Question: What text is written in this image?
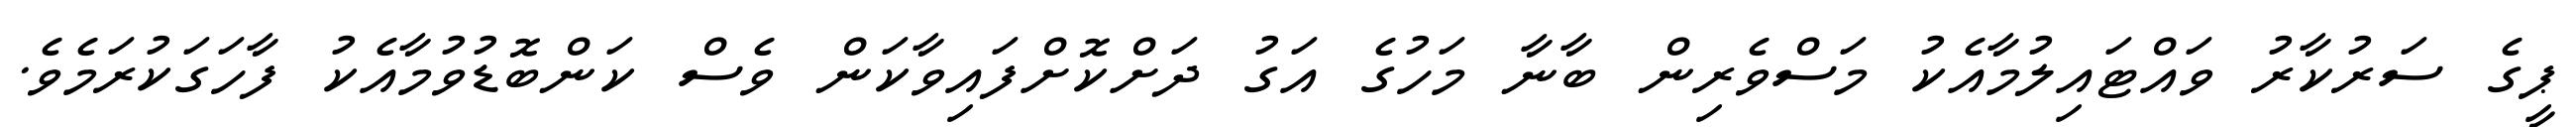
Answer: ޕީގެ ސަރުކާރު ވައްޓައިލުމާއެކު މަސްވެރިން ބާނާ މަހުގެ އަގު ދަށްކޮށްފައިވާކަން ވެސް ކަންބޮޑުވުމާއެކު ފާހަގަކުރަމެވެ.